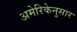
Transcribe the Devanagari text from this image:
अमेरिकेनुसार